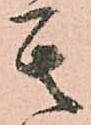
其